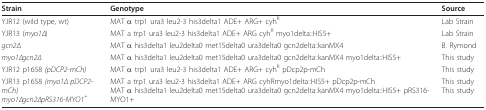
<table><thead><tr><td><b>Strain</b></td><td><b>Genotype</b></td><td><b>Source</b></td></tr></thead><tbody><tr><td>YJR12 (wild type, wt)</td><td>MAT α trp1 ura3 leu2-3 his3delta1 ADE+ ARG+ cyh<sup>R</sup></td><td>Lab Strain</td></tr><tr><td>YJR13 (<i>myo1Δ</i>)</td><td>MAT a trp1 ura3 leu2-3 his3delta1 ADE+ ARG cyh<sup>R </sup>myo1delta::HIS5+</td><td>Lab Strain</td></tr><tr><td><i>gcn2Δ</i></td><td>MAT α his3delta1 leu2delta0 met15delta0 ura3delta0 gcn2delta::kanMX4</td><td>B. Rymond</td></tr><tr><td><i>myo1Δgcn2Δ</i></td><td>MAT α his3delta1 leu2delta0 met15delta0 ura3delta0 gcn2delta::kanMX4 myo1delta::HIS5+</td><td>This study</td></tr><tr><td>YJR12 p1658 <i>(pDCP2-mCh)</i></td><td>MAT α trp1 ura3 leu2-3 his3delta1 ADE+ ARG+ cyh<sup>R </sup>pDcp2p-mCh</td><td>This study</td></tr><tr><td>YJR13 p1658 <i>(myo1Δ pDCP2-mCh)</i><i>myo1Δgcn2ΔpRS316-MYO1<sup>+</sup></i></td><td>MAT a trp1 ura3 leu2-3 his3delta1 ADE+ ARG cyhRmyo1delta::HIS5+ pDcp2p-mChMAT α his3delta1 leu2delta0 met15delta0 ura3delta0 gcn2delta::kanMX4 myo1delta::HIS5+ pRS316-MYO1+</td><td>This studyThis study</td></tr></tbody></table>